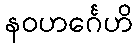
နဝဟင်္ဂေဟိ